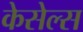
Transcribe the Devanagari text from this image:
केसेल्स